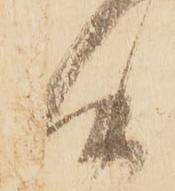
候